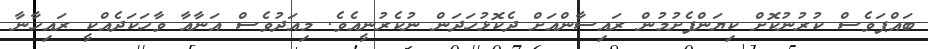
ބައްޕަވެސް ކުރުނުކޮށް ކިޔަންފެށުމުން ރައިސާންއަށް ދެކޮޅުހަދަން ނުކެރުނީއެވެ. މިއަދުވެސް އަނާއާ ވާހަކަދެއްކީ ރައިހާނާ